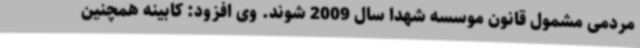
مردمی مشمول قانون موسسه شهدا سال 2009 شوند. وی افزود: کابینه همچنین